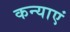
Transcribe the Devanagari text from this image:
कन्‍याएं